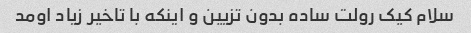
سلام کیک رولت ساده بدون تزیین و اینکه با تاخیر زیاد اومد